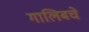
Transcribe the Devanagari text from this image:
गालिबचे